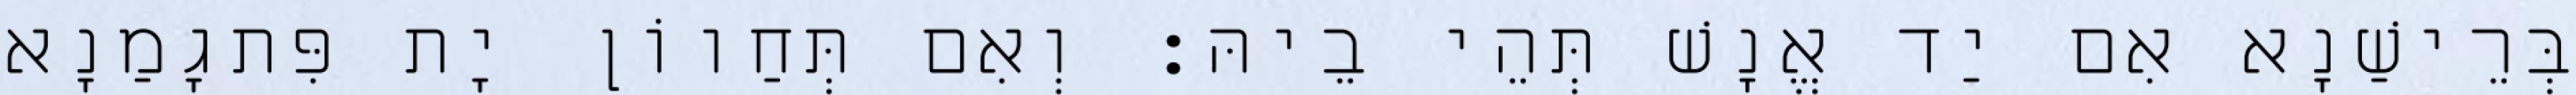
בְּרֵישַׁנָא אִם יַד אֱנָשׁ תְּהֵי בֵיהּ׃ וְאִם תְּחַווֹן יָת פִּתגָמַנָא